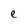
Character: e